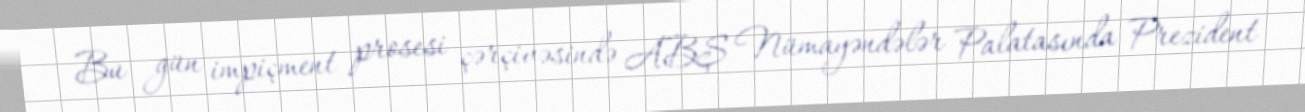
Bu gün impiçment prosesi çərçivəsində ABŞ Nümayəndələr Palatasında Prezident